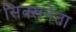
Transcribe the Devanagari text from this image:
सिक्खनेता